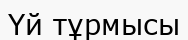
Үй тұрмысы